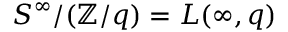
S ^ { \infty } / ( \mathbb { Z } / q ) = L ( \infty , q )